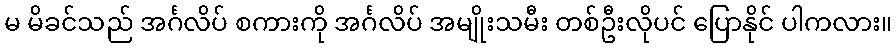
မ မိခင်သည် အင်္ဂလိပ် စကားကို အင်္ဂလိပ် အမျိုးသမီး တစ်ဦးလိုပင် ပြောနိုင် ပါကလား။